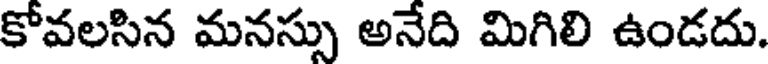
కోవలసిన మనస్సు అనేది మిగిలి ఉండదు.